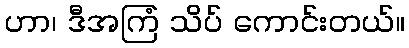
ဟာ၊ ဒီအကြံ သိပ် ကောင်းတယ်။